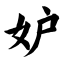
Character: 妒